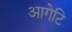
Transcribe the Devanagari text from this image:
आगेटि